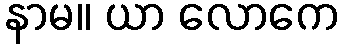
နာမ။ ယာ လောကေ